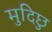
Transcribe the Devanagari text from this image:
मुदिछु